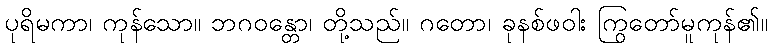
ပုရိမကာ၊ ကုန်သော။ ဘဂဝန္တော၊ တို့သည်။ ဂတော၊ ခုနစ်ဖဝါး ကြွတော်မူကုန်၏။